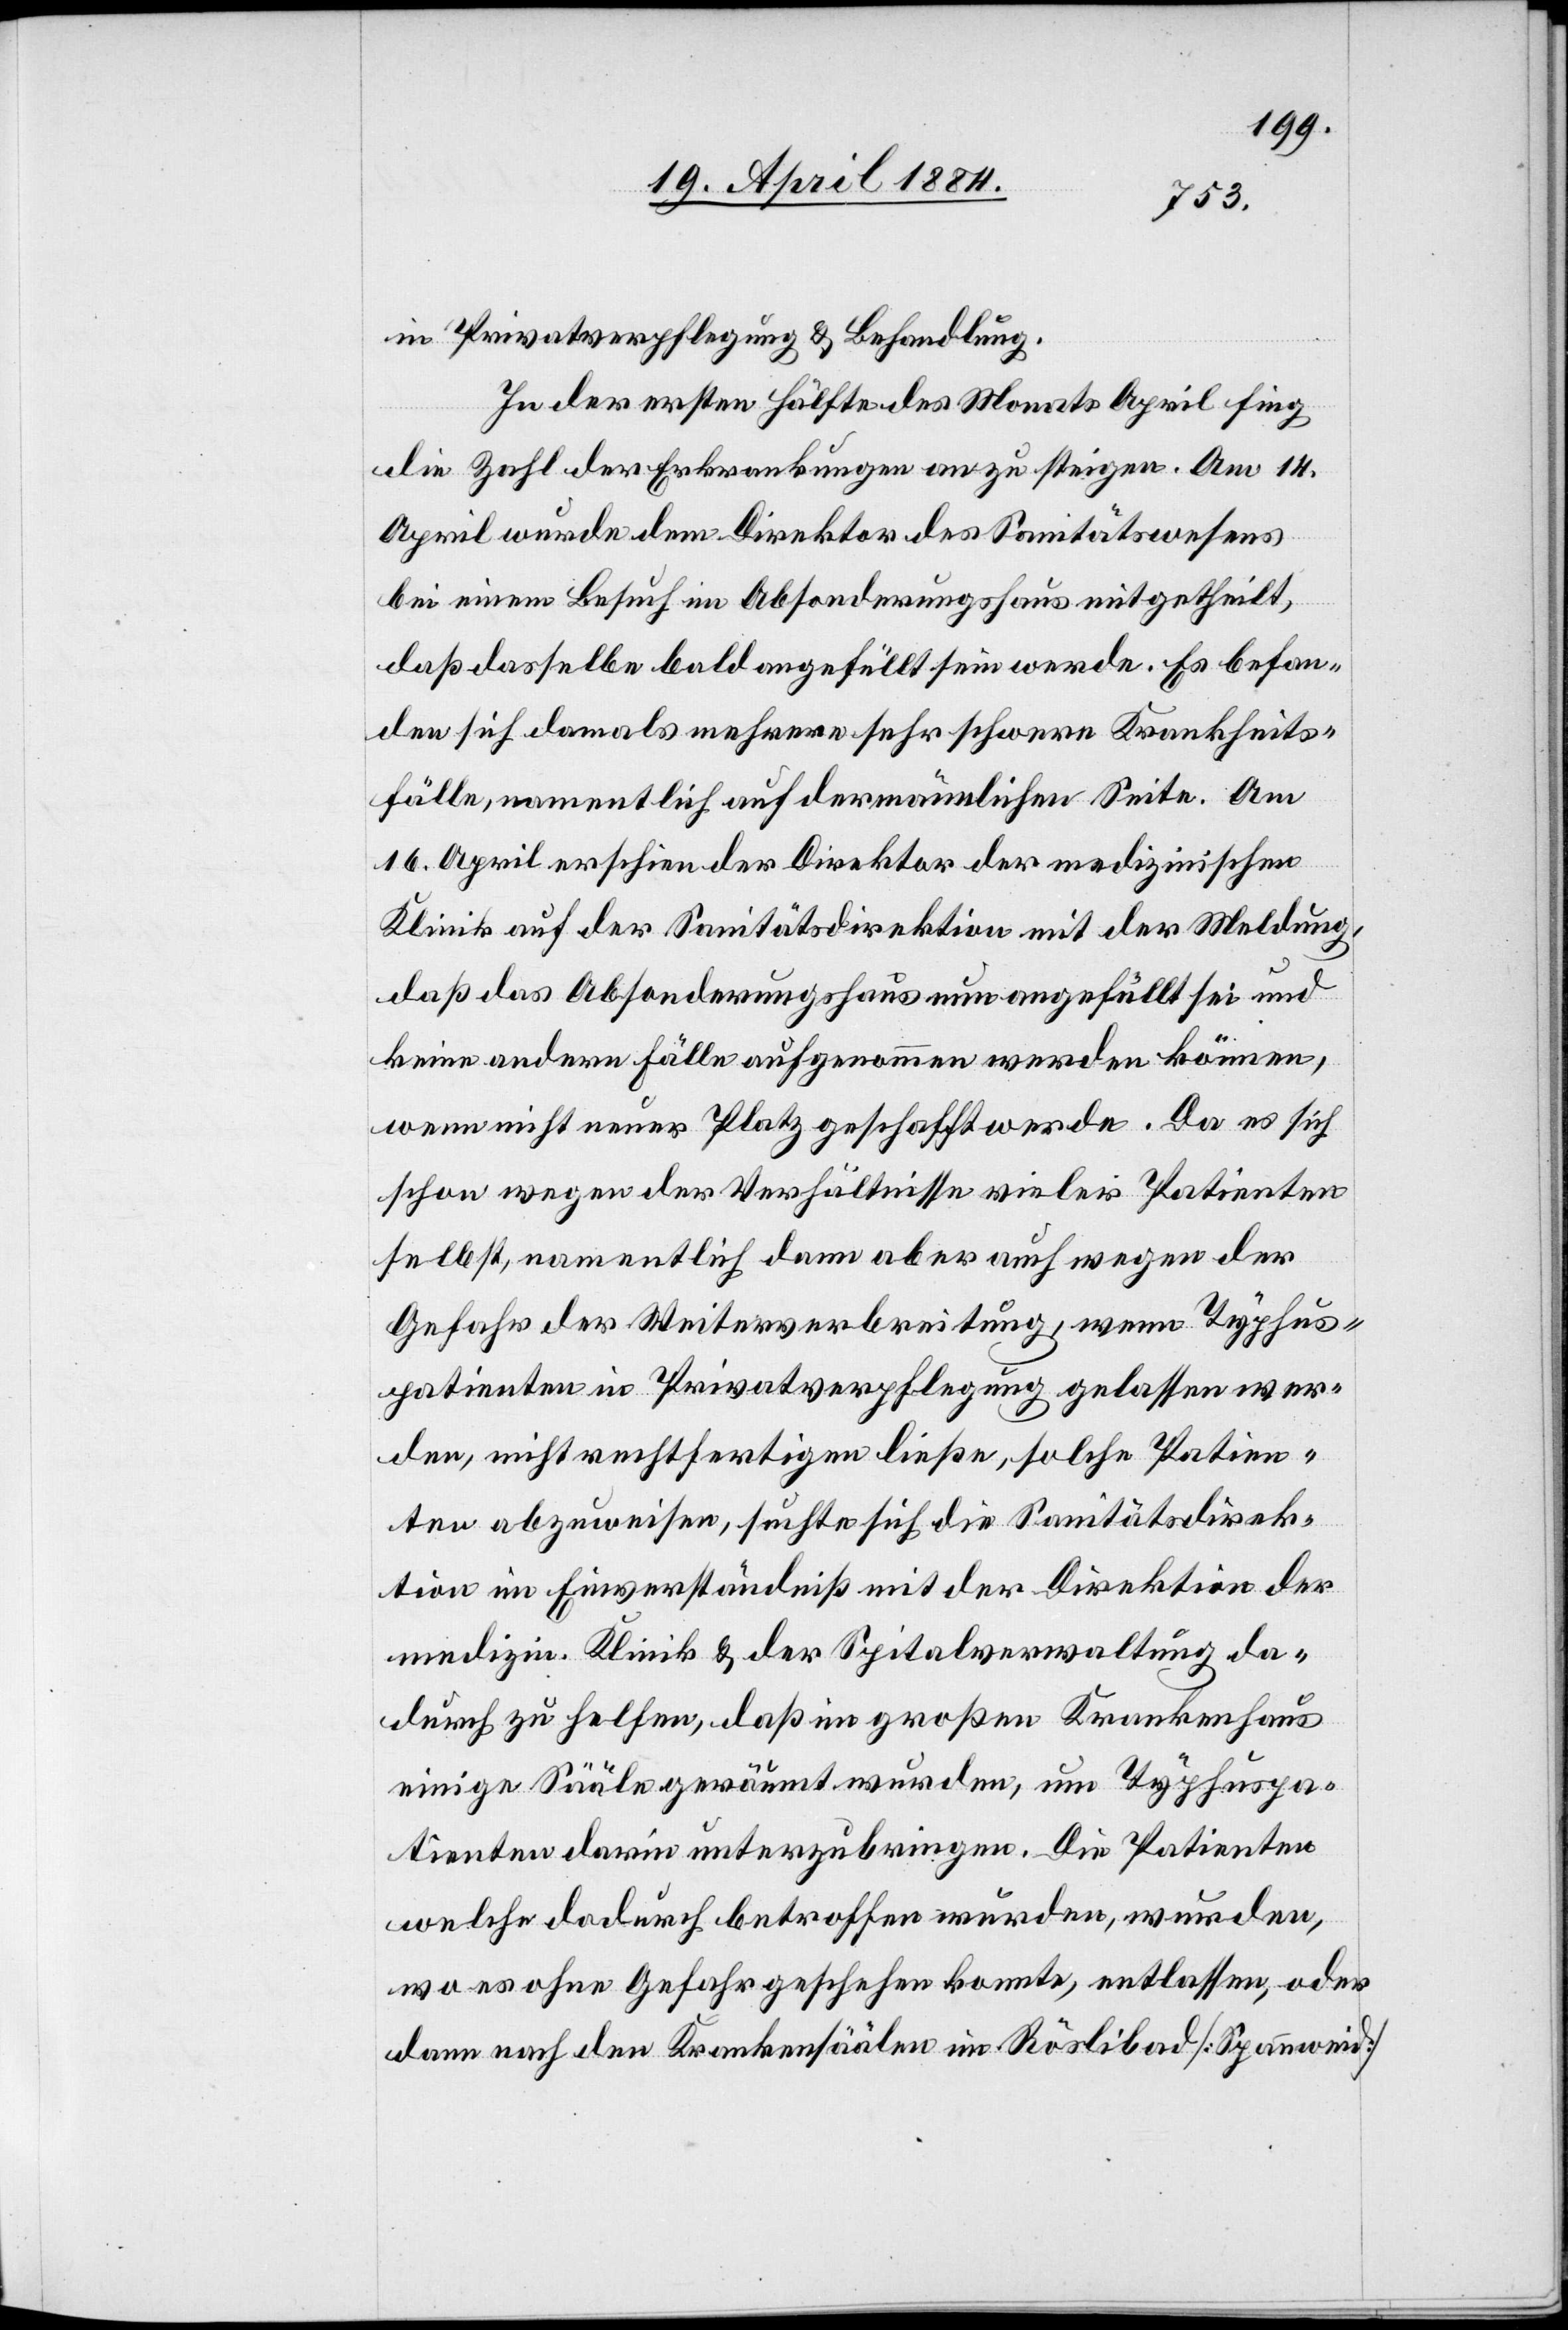
in Privatverpflegung & Behandlung.
In der ersten Hälfte des Monats April fing
die Zahl der Erkrankungen an zu steigen. Am 14.
April wurde dem Direktor des Sanitätswesens
bei einem Besuch im Absonderungshaus mitgetheilt,
daß dasselbe bald angefüllt sein werde. Es befan¬
den sich damals mehrere sehr schwere Krankheits¬
fälle, namentlich auf der männlichen Seite. Am
16. April erschien der Direktor der medizinischen
Klinik auf der Sanitätsdirektion mit der Meldung,
daß das Absonderungshaus nun angefüllt sei und
keine andern Fälle aufgenommen werden können,
wenn nicht neuer Platz geschaffen werde. Da es sich
schon wegen der Verhältnisse vieler Patienten
selbst, namentlich dann aber auch wegen der
Gefahr der Weiterverbreitung, wenn Typhus¬
patienten in Privatverpflegung gelassen wer¬
den, nicht rechtfertigen ließe, solche Patien¬
ten abzuweisen, suchte sich die Sanitätsdirek¬
tion im Einverständniß mit der Direktion der
medizin. Klinik & der Spitalverwaltung da¬
durch zu helfen, daß im großen Krankenhaus
einige Sääle geräumt wurden, um Typhuspa¬
tienten darin unterzubringen. Die Patienten
welche dadurch betroffen wurden, wurden,
wo es ohne Gefahr geschehen konnte, entlassen, oder
dann nach den Krankensäälen im Röslibad [Spannweid]